Medical and sanitary report of the native army of Madras for the year
Year: 1876
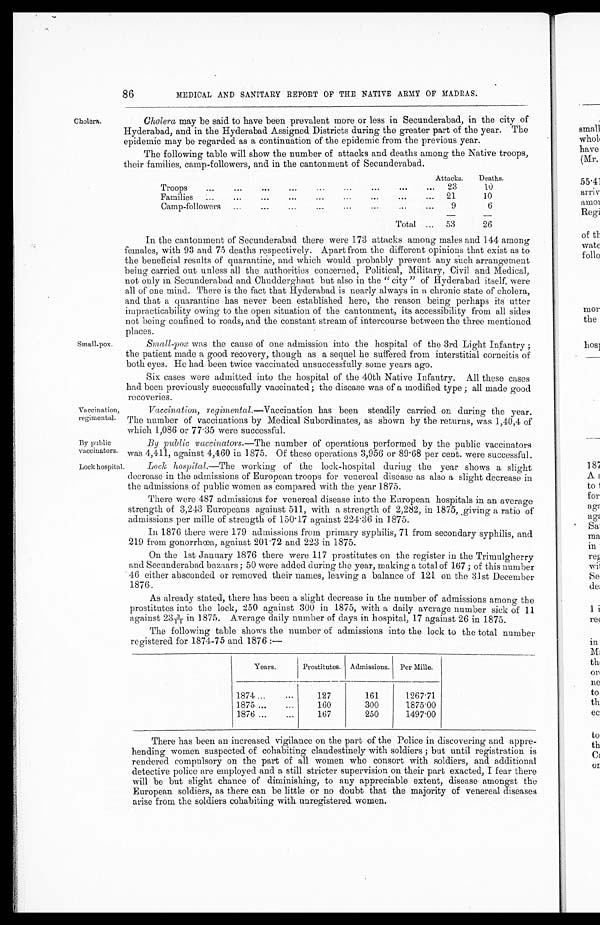
Vaccination,
regimental.
By public
vaccinators.
86
MEDICAL AND SANITARY REPORT OF THE NATIVE ARMY OF MADRAS.
Cholera.
Cholera may be said to have been prevalent more or less in Secunderabad, in the city of
Hyderabad, and in the Hyderabad Assigned Districts during the greater part of the year. The
epidemic may be regarded as a continuation of the epidemic from the previous year.
The following table will show the number of attacks and deaths among the Native troops,
their families, camp-followers, and in the cantonment of Secunderabad.
Troops
...
...
...
...
...
Attacks.
Deaths.
23
10
Families ...
...
...
...
... 21
10
Camp-followers ...
...
...
9
6
Total ... 53
26
Small-pox.
In the cantonment of Secunderabad there were 173 attacks among males and 144 among
females, with 93 and 75 deaths respectively. Apart from the different opinions that exist as to
the beneficial results of quarantine, and which would probably prevent any such arrangement
being carried out unless all the authorities concerned, Political, Military, Civil and Medical,
not only m Secunderabad and Chudderghaut but also in the " city " of Hyderabad itself, were
all of one mind. There is the fact that Hyderabad is nearly always in a chronic state of cholera,
and that a quarantine has never been established here, the reason being perhaps its utter
impracticability owing to the open situation of the cantonment, its accessibility from all sides
not being confined to roads, and the constant stream of intercourse between the three mentioned
places.
Small-poxw a s t h e c a u s e o f o n e a d m i s s i o n i n t o t h e h o s p i t a l o f t h e 3 r d L i g h tI
n f a n t r y ;
the patient made a good recovery, though as a sequel he suffered from interstitial corneitis of
both eyes. He had been twice vaccinated unsuccessfully some years ago.
Six cases were admitted into the hospital of the 40th Native Infantry. All these cases
had been previously successfully vaccinated; the disease was of a modified type ; all made good
recoveries.
Vaccination, regimental.—Vaccination has been steadily carried on during the year.
The number of vaccinations by Medical Subordinates, as shown by the returns, was 1,40,4 of
which 1,086 or 77.35 were successful.
By public vaccinators. —The number of operations performed by the public vaccinators
was 4,411, against 4,460 in 1875. Of these operations 3,956 or 89.68 per cent. were successful.
Lock hospital.
Lock hospital. —The working of the lock-hospital during the year shows a slight
decrease in the admissions of European troops for venereal disease as also a slight decrease in
the admissions of public women as compared with the year 1875.
There were 487 admissions for venereal disease into the European hospitals in an average
strength of 3,243 Europeans against 511, with a strength of 2,282, in 1875, giving a ratio of
admissions per mille of strength of 150.17 against 224.36 in 1875.
In 1876 there were 179 admissions from primary syphilis, 71 from secondary syphilis, and
219 from gonorrhœa, against 201.72 and 223 in 1875.
On the 1st January 1876 there were 117 prostitutes on the register in the Trimulgherry
and Secunderabad bazaars; 50 were added during the year, making a total of 167 ; of this number
46 either absconded or removed their names, leaving a balance of 121 on the 31st December
1876.
As already stated, there has been a slight decrease in the number of admissions among the
prostitutes into the lock, 250 against 300 in 1875, with a daily average number sick of 11
a g a i n s t 2 3 3 / 1 1 i n 1 8 7 5 . Av e r a g e d a i l y n u mb e r o f d a y s i n h o s p i t a l ,1 7 a g a i n s t 2 6 i n 1 8 7 5 .
The following table shows the number of admissions into the lock to the total number
registered for 1874-75 and 1876 :—
Years.
Prostitutes. Admissions.
Per Mille.
1874 ...
. . .
127
161
1267.71
1875 ...
...
160
300
1875.00
1876 ...
...
167
250
1497.00
There has been an increased vigilance on the part of the Police in discovering and appre-
hending women suspected of cohabiting clandestinely with soldiers ; but until registration is
rendered compulsory on the part of all women who consort with soldiers, and additional
detective police are employed and a still stricter supervision on their part exacted, I fear there
will be but slight chance of diminishing, to any appreciable extent, disease amongst the
European soldiers, as there can be little or no doubt that the majority of venereal diseases
arise from the soldiers cohabiting with unregistered women.